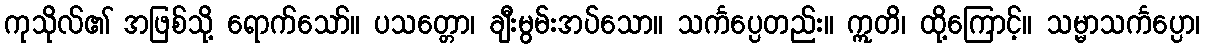
ကုသိုလ်၏ အဖြစ်သို့ ရောက်သော်။ ပသတ္တော၊ ချီးမွမ်းအပ်သော။ သင်္ကပ္ပေတည်း။ ဣတိ၊ ထို့ကြောင့်။ သမ္မာသင်္ကပ္ပော၊